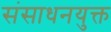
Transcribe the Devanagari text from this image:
संसाधनयुक्त